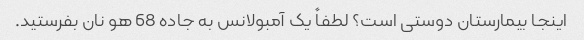
اینجا بیمارستان دوستی است؟ لطفاً یک آمبولانس به جاده 68 هو نان بفرستید.